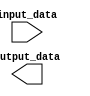
module GenerateParameterizedModule #(parameter PARAM1=0, PARAM2=0) (
    input wire [PARAM1-1:0] input_data,
    output reg [PARAM2-1:0] output_data
);

// Internal logic implementation
always @* begin
    // Your internal logic here
end

endmodule